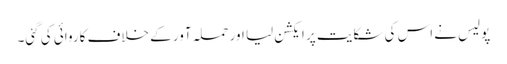
پولیس نے اس کی شکایت پر ایکشن لیا اور حملہ آور کے خلاف کاروائی کی گئی۔